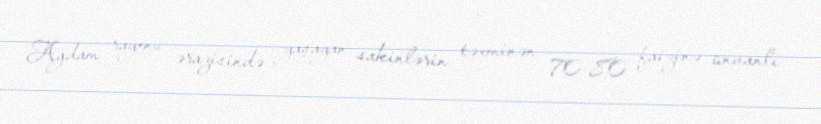
Ağdam rayonu ərazisində yaşayan sakinlərin təxminən 70-80 faizinə ünvanlı